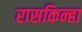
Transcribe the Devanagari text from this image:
रासकिन्हा